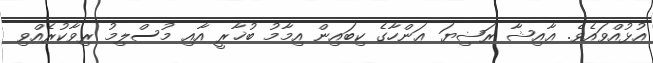
އުޅުއްވައެވެ. ޢާއިޝާ ރަޟިޔަ ޢަންހާގެ ކިބައިން އިމާމު ބުޚާރީ އާއި މުސްލިމު ރިވާކުރެއްވި